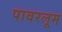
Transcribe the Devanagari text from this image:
पावरलूम